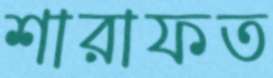
শারাফত